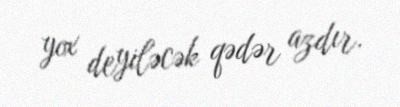
yox deyiləcək qədər azdır.